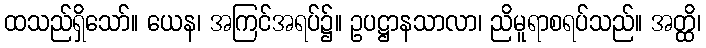
ထသည်ရှိသော်။ ယေန၊ အကြင်အရပ်၌။ ဥပဋ္ဌာနသာလာ၊ ညိမူရာစရပ်သည်။ အတ္ထိ၊